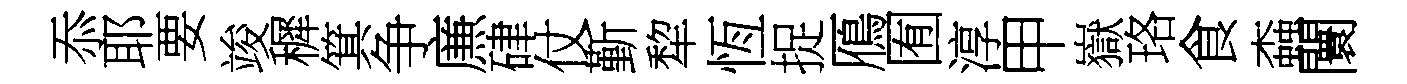
忝耶要竣穉箕争㢘硉仗斳犂恆捉鴈囿淳甲嶽珞食螙闤